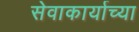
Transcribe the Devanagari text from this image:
सेवाकार्याच्या